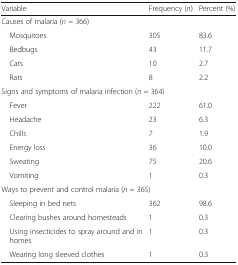
| Variable | Frequency (n) | Percent (%) |
 | --- | --- | --- |
 | <COLSPAN=3> Causes of malaria (n = 366) |
 | Mosquitoes | 305 | 83.6 |
 | Bedbugs | 43 | 11.7 |
 | Cats | 10 | 2.7 |
 | Rats | 8 | 2.2 |
 | <COLSPAN=3> Signs and symptoms of malaria infection (n = 364) |
 | Fever | 222 | 61.0 |
 | Headache | 23 | 6.3 |
 | Chills | 7 | 1.9 |
 | Energy loss | 36 | 10.0 |
 | Sweating | 75 | 20.6 |
 | Vomiting | 1 | 0.3 |
 | <COLSPAN=3> Ways to prevent and control malaria (n = 365) |
 | Sleeping in bed nets | 362 | 98.6 |
 | Clearing bushes around homesteads | 1 | 0.3 |
 | Using insecticides to spray around and in homes | 1 | 0.3 |
 | Wearing long sleeved clothes | 1 | 0.3 |